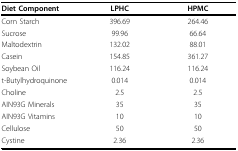
<table><thead><tr><td><b>Diet Component</b></td><td><b>LPHC</b></td><td><b>HPMC</b></td></tr></thead><tbody><tr><td>Corn Starch</td><td>396.69</td><td>264.46</td></tr><tr><td>Sucrose</td><td>99.96</td><td>66.64</td></tr><tr><td>Maltodextrin</td><td>132.02</td><td>88.01</td></tr><tr><td>Casein</td><td>154.85</td><td>361.27</td></tr><tr><td>Soybean Oil</td><td>116.24</td><td>116.24</td></tr><tr><td>t-Butylhydroquinone</td><td>0.014</td><td>0.014</td></tr><tr><td>Choline</td><td>2.5</td><td>2.5</td></tr><tr><td>AIN93G Minerals</td><td>35</td><td>35</td></tr><tr><td>AIN93G Vitamins</td><td>10</td><td>10</td></tr><tr><td>Cellulose</td><td>50</td><td>50</td></tr><tr><td>Cystine</td><td>2.36</td><td>2.36</td></tr></tbody></table>